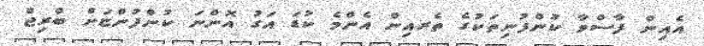
އެއިން ފާސްވާ ކުންފުނިތަކުގެ ތެރއިން އެންމެ ކުޑަ އަގު އޮންނަ ކުންފުންޏަށް ބްރިޖް